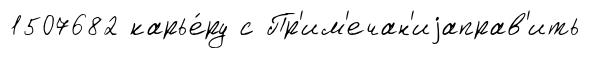
1507682 карье́ру с Пр'им'ечан'иjаправ'ить